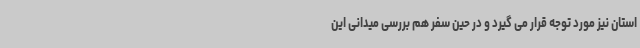
استان نیز مورد توجه قرار می گیرد و در حین سفر هم بررسی میدانی این